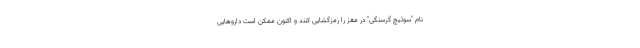
نام "سوئیچ گرسنگی" در مغز را رمزگشایی کنند و اکنون ممکن است داروهایی